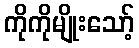
ကိုကိုမျိုးသော့်